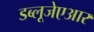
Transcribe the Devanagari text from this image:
डब्लूजेएआर